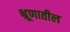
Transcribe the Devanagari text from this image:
भ्रूणातील